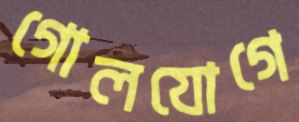
গোলযোগে